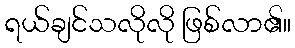
ရယ်ချင်သလိုလို ဖြစ်လာ၏။